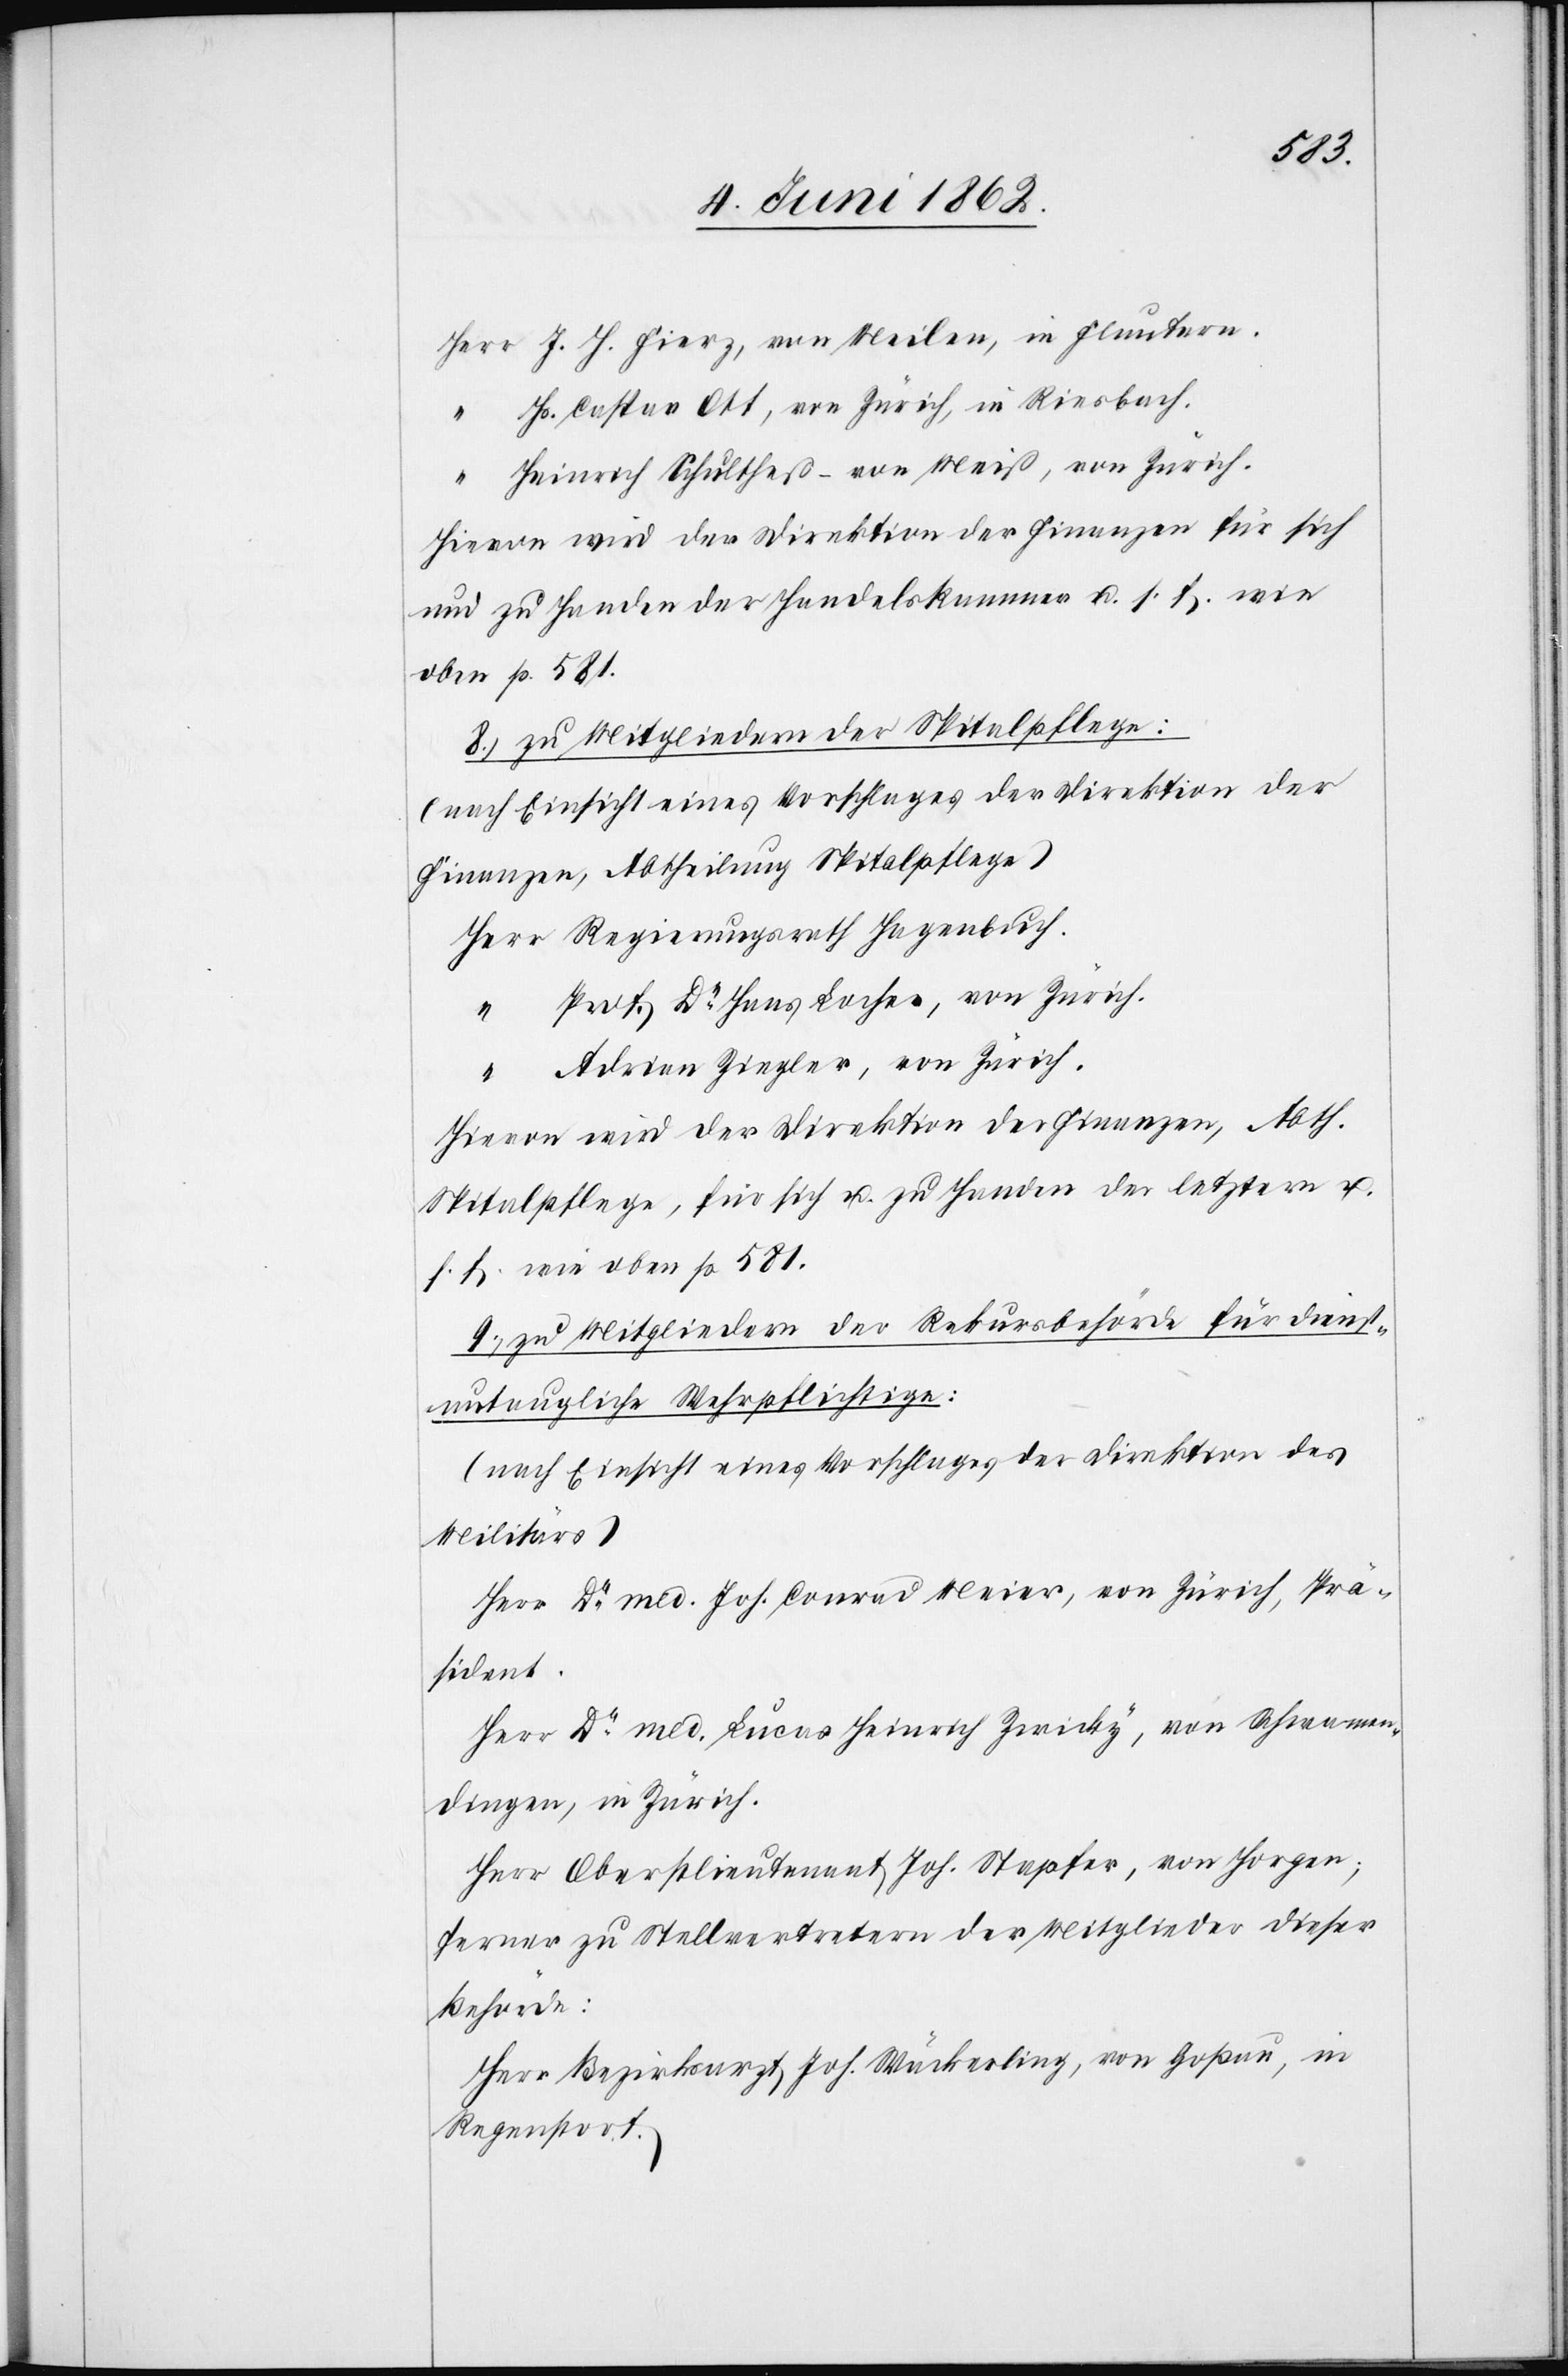
Herr
J. J. Fierz, von Meilen, in Fluntern.
Hs. Caspar Ott, von Zürich, in Riesbach
“
Heinrich Schulheß-von Weiß, von Zürich.
Hievon wird der Direktion der Finanzen für sich
und zu Handen der Handelskammer u. s. f. wie
oben p. 581.
8. zu Mitgliedern der Spitalpflege:
(nach Einsicht eines Vorschlages der Direktion der
Finanzen, Abtheilung Spitalpflege)
Regierungsrath Hagenbuch.
Prof. Dr. Hans Loches, von Zürich.
Adrian Ziegler, von Zürich.
Hievon wird der Direktion der Finanzen, Abth.
Spitalpflege, für sich u. zu Handen der letztern u.
s. f. wie oben p. 581
9. zu Mitgliedern der Rekursbehörde für dienst¬
untaugliche Wehrpflichtige:
(nach Einsicht eines Vorschlages der Direktion des
Militärs)
Herr Dr. med Joh. Conrad Meier, von Zürich, Prä¬
sident.
Herr Dr. med Lucas Heinrich Zwicky, von Schwamen¬
dingen, in Zürich.
Herr Oberstlieutenant Joh. Stapfer, von Horgen;
ferner zu Stellvertretern der Mitglieder dieser
Behörde:
Herr Bezirksarzt Joh. Wäckerling, von Goßau, in
Regensdorf.